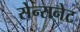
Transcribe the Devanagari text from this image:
सेन्सनेट